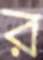
র